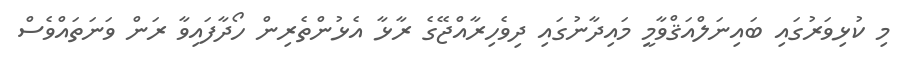
މި ކުޅިވަރުގައި ބައިނަލްއަޤްވާމީ މައިދާނުގައި ދިވެހިރާއްޖޭގެ ރާޅާ އެޅުންތެރިން ހޯދާފައިވާ ރަން ވަނަތައްވެސް